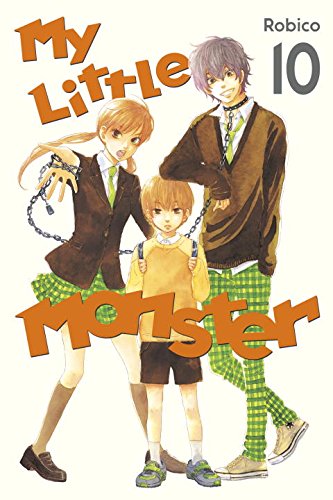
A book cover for My Little Monster 10; Robico; Comics & Graphic Novels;